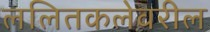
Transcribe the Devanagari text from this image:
ललितकलेवरील